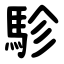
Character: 駗